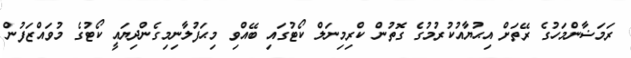
ރަމަޟާންމަހުގެ ރޭތަށް އިޙުޔާއުކުރުމުގެ ގޮތުން ކްރިމިނަލް ކޯޓުގައި ބޭއްވި މިޙަފުލާނިމިގެންދިޔައީ ކޯޓުގެ މުވައްޒަފުން